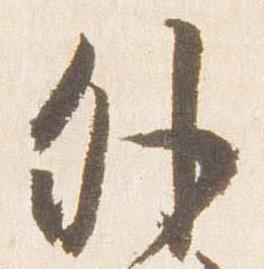
外